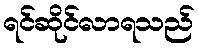
ရင်ဆိုင်လာရသည်